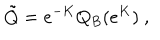
\tilde { Q } = e ^ { - K } Q _ { B } ( e ^ { K } ) \ ,